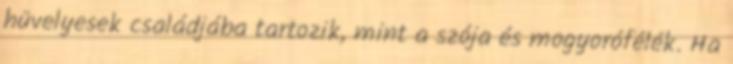
hüvelyesek családjába tartozik, mint a szója és mogyorófélék. Ha